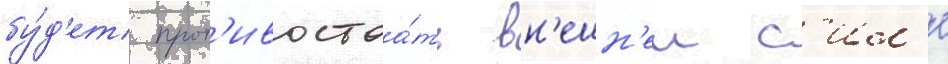
бу́д'ет прот'ивостоа́ть вн'ешн'еи с'ил'е